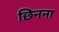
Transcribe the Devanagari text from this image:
छिनना